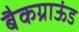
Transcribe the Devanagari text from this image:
बैकग्राऊंड